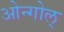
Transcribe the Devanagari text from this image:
ओन्गोल्